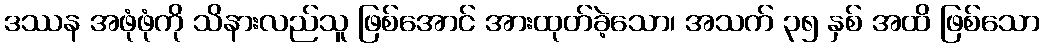
ဒဿန အဖုံဖုံကို သိနားလည်သူ ဖြစ်အောင် အားထုတ်ခဲ့သော၊ အသက် ၃၅ နှစ် အထိ ဖြစ်သော